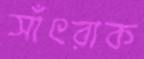
সাঁৎরাক